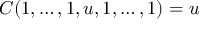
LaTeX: C ( 1 , \dots , 1 , u , 1 , \dots , 1 ) = u